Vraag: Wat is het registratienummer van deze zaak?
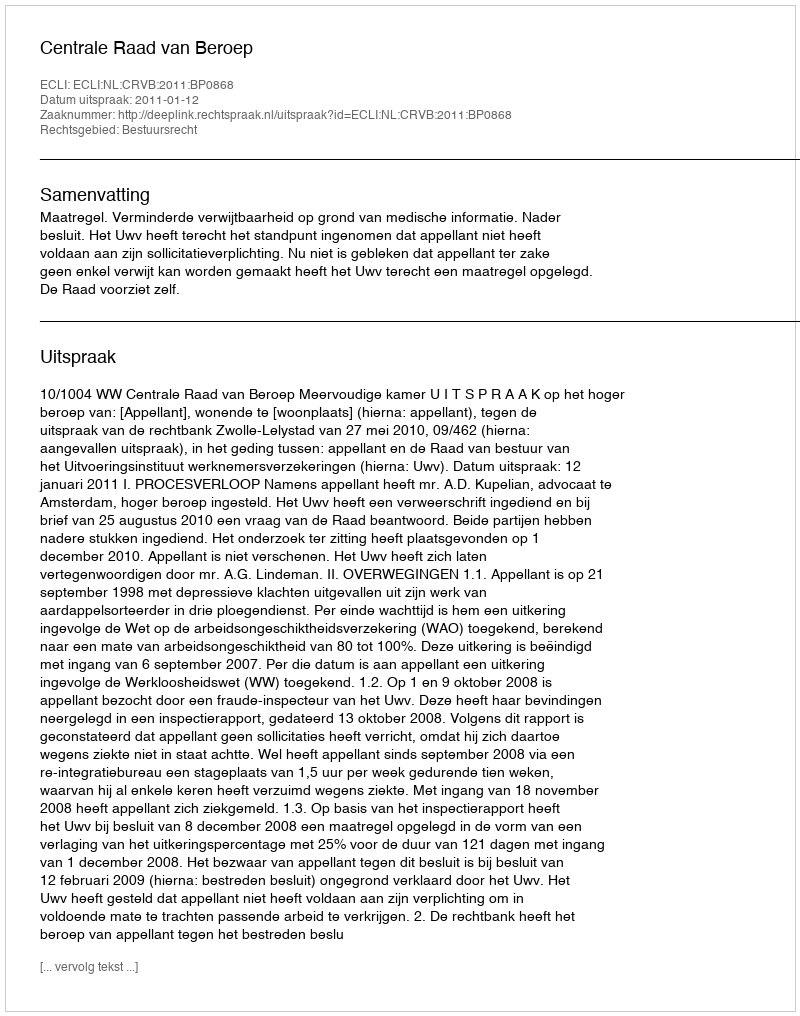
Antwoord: http://deeplink.rechtspraak.nl/uitspraak?id=ECLI:NL:CRVB:2011:BP0868